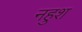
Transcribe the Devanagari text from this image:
नहुश